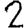
Digit: 2